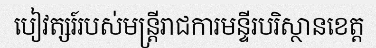
បៀវត្សរ៍របស់មន្ត្រីរាជការមន្ទីរបរិស្ថានខេត្ត